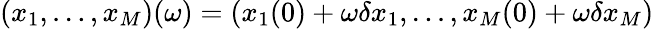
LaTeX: (x_{1},\ldots,x_{M})(\omega)=(x_{1}(0)+\omega\delta x_{1},\ldots,x_{M}(0)+\omega\delta x_{M})